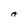
Character: A